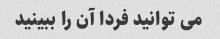
می توانید فردا آن را ببینید